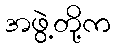
အဖွဲ့တို့က